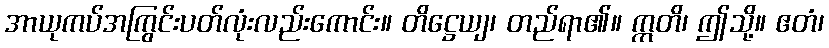
အာယုကပ်အကြွင်းပတ်လုံးလည်းကောင်း။ တိဋ္ဌေယျ၊ တည်ရာ၏။ ဣတိ၊ ဤသို့။ ဧတံ၊